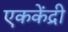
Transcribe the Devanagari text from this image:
एककेंद्री